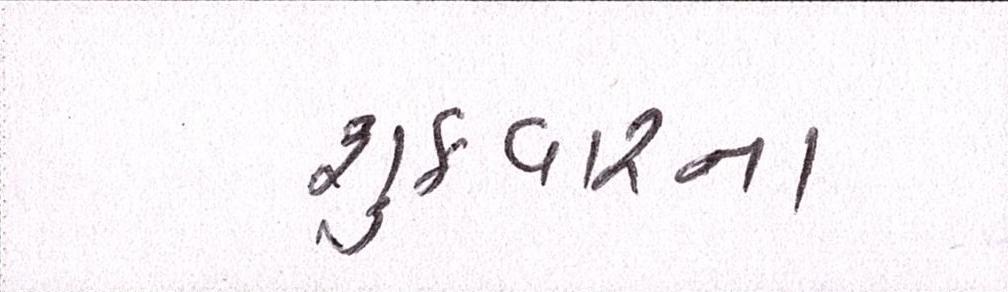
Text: શુક્રવારના